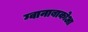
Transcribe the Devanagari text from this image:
ग्वानाबाकोआ